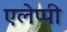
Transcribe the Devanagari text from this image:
एलेप्पी